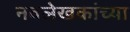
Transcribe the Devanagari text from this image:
नवलेखकांच्या